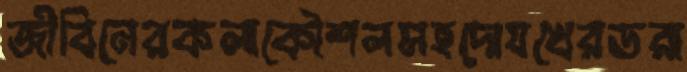
জীবিনেরকলাকৌশলসহদোযখেরডরা